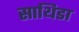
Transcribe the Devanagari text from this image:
साथिडा